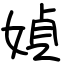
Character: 媜